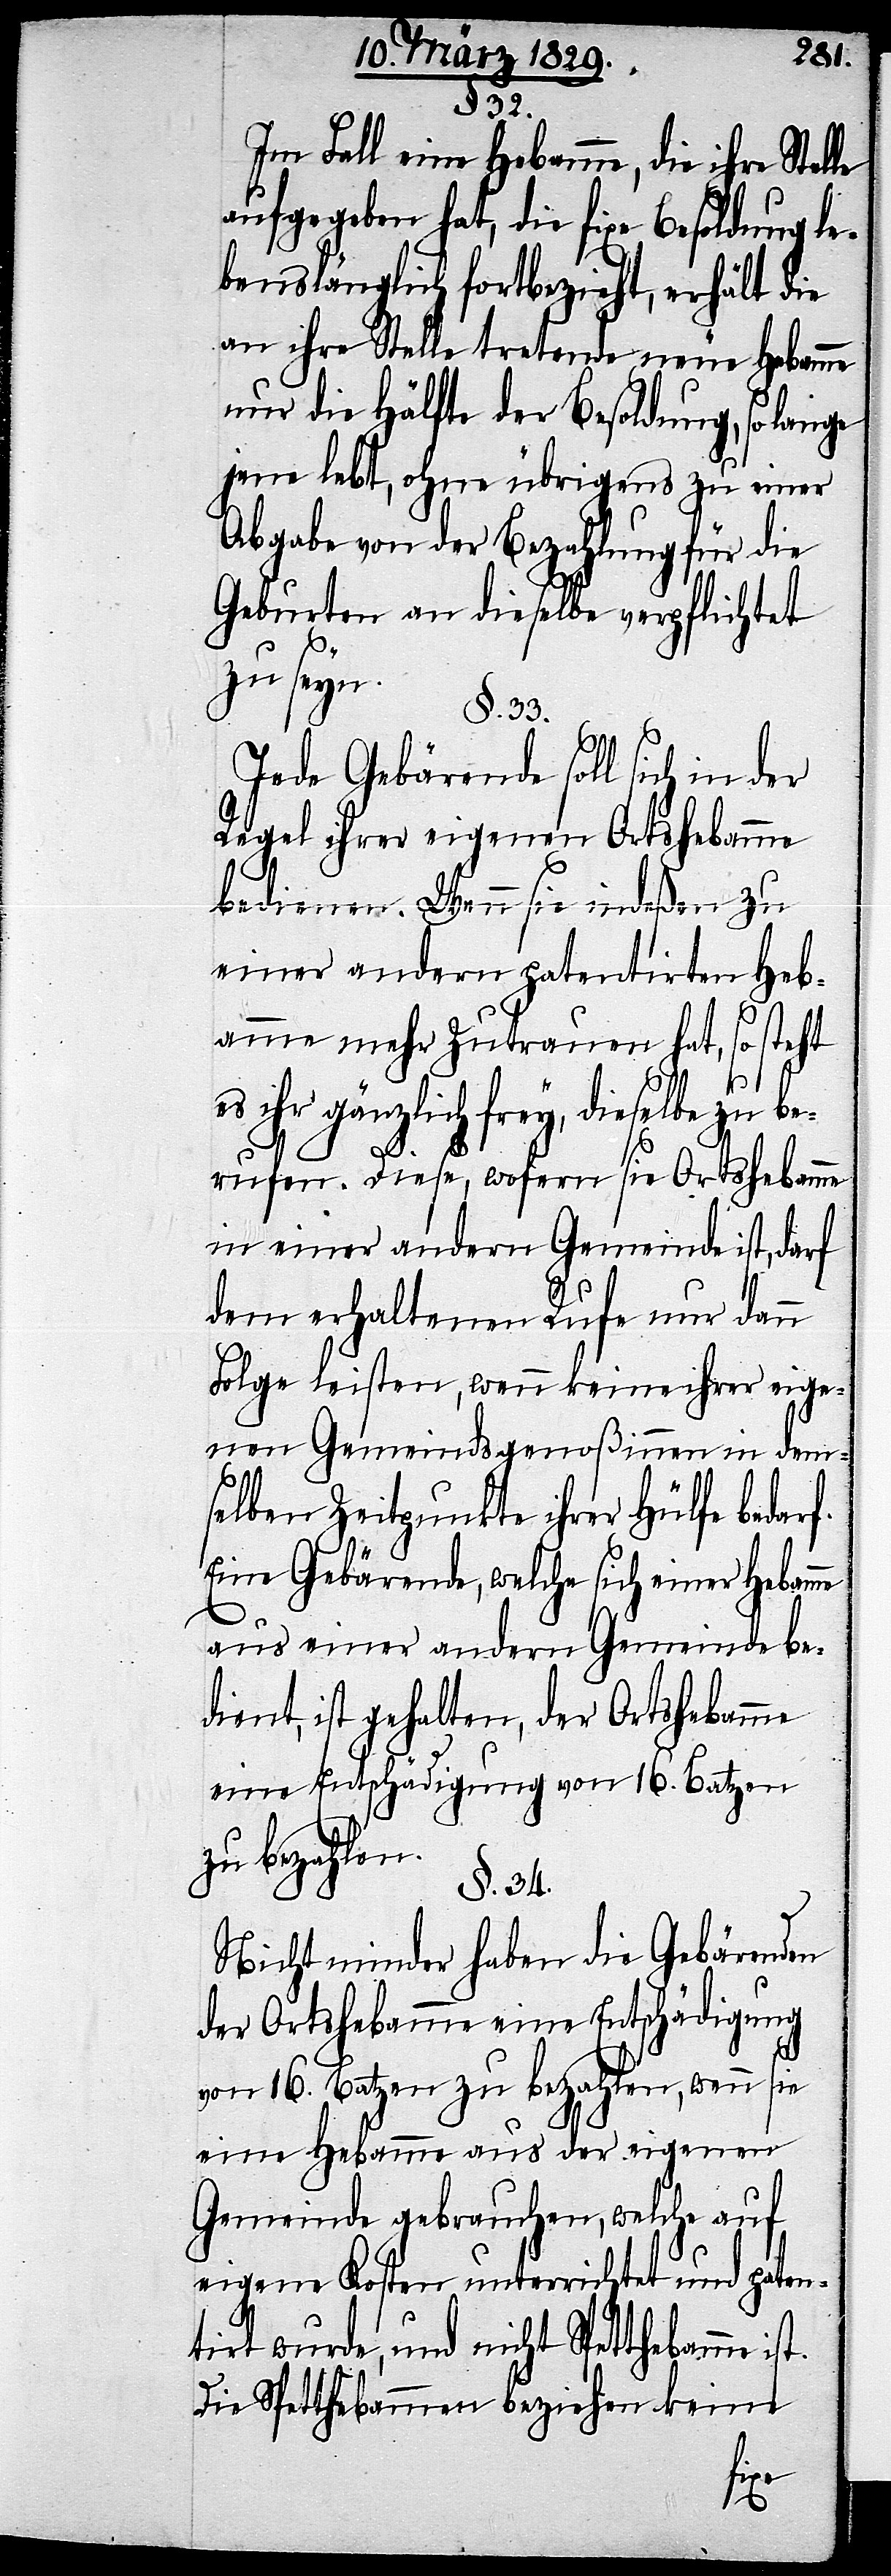
§. 32.
Im Fall eine Hebamme, die ihre Stelle
aufgegeben hat, die fixe Besoldung le¬
benslänglich fortbezieht, erhält die
an ihre Stelle tretende neue Hebamme
nur die Hälfte der Besoldung, so lange
jene lebt, ohne übrigens zu einer
Abgabe von der Bezahlung für die
Geburten an dieselbe verpflichtet
zu seyn.
§. 33.
Jede Gebärende soll sich in
Regel ihrer eigenen Ortshebamme
bedienen. Wenn sie indeßen zu
einer andern patentirten Heb¬
amme mehr Zutrauen hat, so steht
es ihr gänzlich frey, dieselbe zu be¬
rufen. Diese, wofern sie Ortshebamme
in einer andern Gemeinde ist, darf
dem erhaltenen Rufe nur dann
Folge leisten, wenn keine ihrer eige¬
nen Gemeindsgenoßinnen in dem¬
selben Zeitpunkte ihrer Hülfe bedarf.
Eine Gebärende, welche sich einer Hebam¬
aus einer andern Gemeinde be¬
dient, ist gehalten, der Ortshebamme
eine Entschädigung von 16. Batzen
zu bezahlen.
§. 34.
Nicht minder haben die Gebärenden
der Ortshebamme eine Entschädigung
von 16. Batzen zu bezahlen, wenn sie
eine Hebamme aus der eigenen
Gemeinde gebrauchen, welche auf
eigene Kosten unterrichtet und paten¬
tirt wurde, und nicht Spetthebamme i¬
Die Spetthebammen beziehen keine
st.